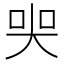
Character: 𡘜